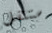
ستنتقل